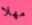
مهلا